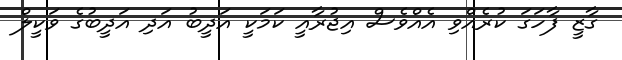
ގާޒީ ފާހަގަ ކުރެއްވި އެއްވެސް އިޖުރާއީ ކަމަކީ އަދީބު އަދި އަދީބުގެ ވަކީލް